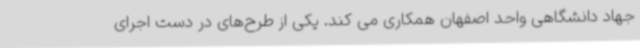
جهاد دانشگاهی واحد اصفهان همکاری می کند. یکی از طرح‌های در دست اجرای